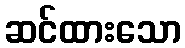
ဆင်ထားသော